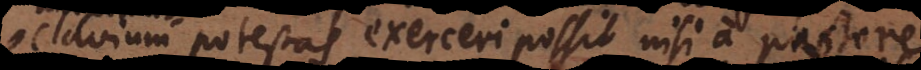
clavium potestas exerceri possit nisi a pastore